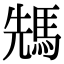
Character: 𩣂